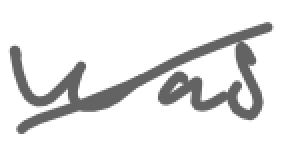
Text: was
Cross-out: mix
Writing tool: digital_gray